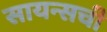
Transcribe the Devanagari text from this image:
सायन्सची